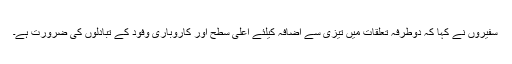
سفیروں نے کہا کہ دوطرفہ تعلقات میں تیزی سے اضافہ کیلئے اعلیٰ سطح اور کاروباری وفود کے تبادلوں کی ضرورت ہے۔